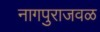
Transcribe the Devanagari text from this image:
नागपुराजवळ